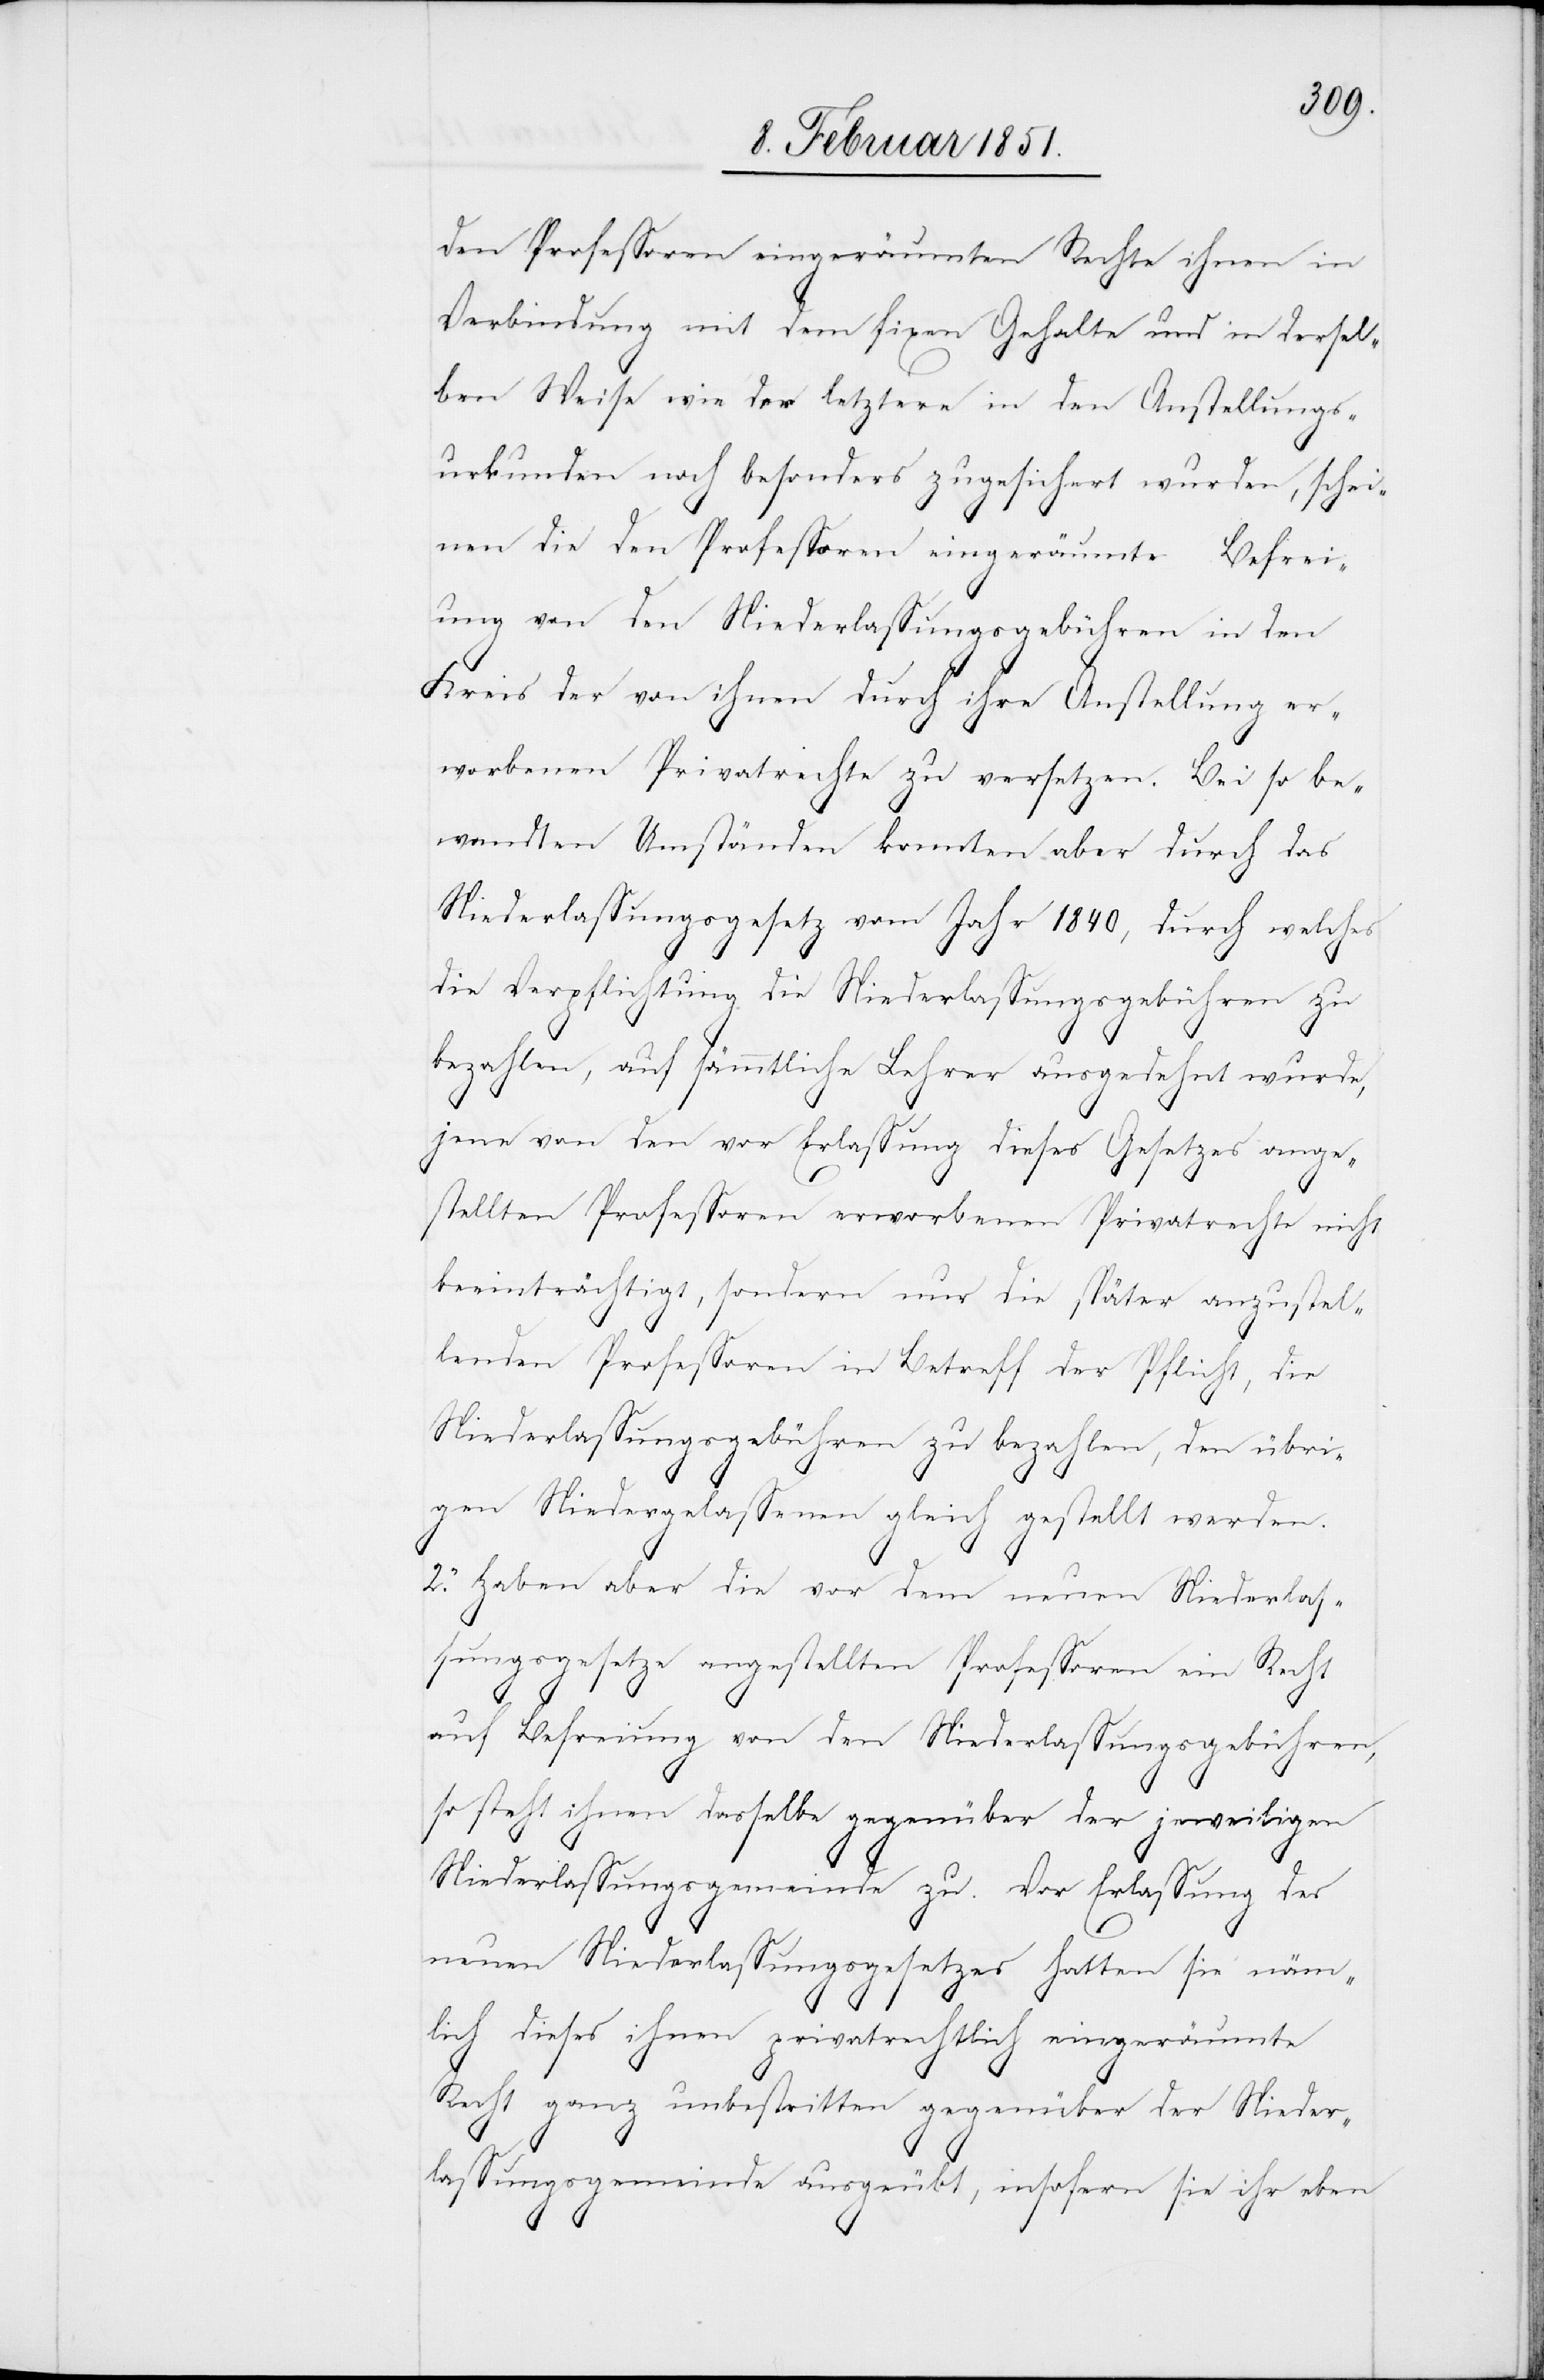
den Professoren eingeräumten Rechte ihnen in
Verbindung mit dem fixen Gehalte und in dersel¬
ben Weise wie der letztere in den Anstellungs¬
urkunden noch besonders zugesichert wurden, schei¬
nen die den Professoren eingeräumte Befrei¬
ung von den Niederlassungsgebühren in den
Kreis der von ihnen durch ihre Anstellung er¬
worbenen Privatrechte zu versetzen. Bei so be¬
wandten Umständen konnten aber durch das
Niederlassungsgesetz vom Jahr 1840, durch welches
die Verpflichtung die Niederlassungsgebühren zu
bezahlen, auf sämmtliche Lehrer ausgedehnt wurde,
jene von den vor Erlassung dieses Gesetzes ange¬
stellten Professoren erworbenen Privatrechte nicht
beeinträchtigt, sondern nur die später anzustel¬
lenden Professoren in Betreff der Pflicht, die
Niederlassungsgebühren zu bezahlen, den übri¬
gen Niedergelassenen gleich gestellt werden.
2. Haben aber die vor dem neuen Niederlas¬
sungsgesetze angestellten Professoren ein Recht
auf Befreiung von den Niederlassungsgebühren,
so steht ihnen dasselbe gegenüber der jeweiligen
Niederlassungsgemeinde zu. Vor Erlassung des
neuen Niederlassungsgesetzes hatten sie näm¬
lich dieses ihnen privatrechtlich eingeräumte
Recht ganz unbestritten gegenüber der Nieder¬
lassungsgemeinde ausgeübt, insofern sie ihr eben